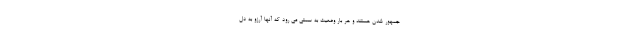
جمهور شدن هستند و هر بار وضعیت به سمتی می رود که آنها آرزو به دل